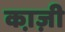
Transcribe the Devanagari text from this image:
का़ज़ी